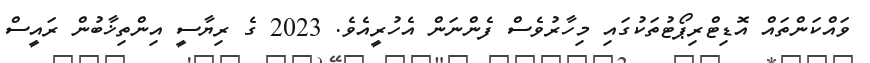
ވައްކަންތައް އޮޑިޓްރިޕޯޓުތަކުގައި މިހާރުވެސް ފެންނަން އެހުރީއެވެ. 2023 ގެ ރިޔާސީ އިންތިޚާބުން ރައީސް